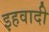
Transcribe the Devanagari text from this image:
इहवादी